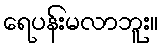
ရေပန်းမလာဘူး။